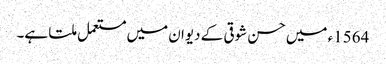
1564ء میں حسن شوقی کے دیوان میں مستعمل ملتا ہے۔